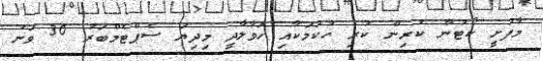
މާފުށީ ކޯޓުން ކުރިން ކުރި ހުކުމަކާއި ހަވާލާދީ މިދިޔަ ސެޕްޓެމްބަރު 30 ވަނަ